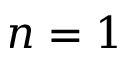
n = 1